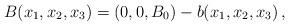
LaTeX: \begin{align*} B(x_1, x_2, x_3)= (0, 0, B_0) - b(x_1, x_2, x_3)\,,\end{align*}